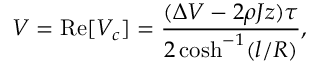
V = \mathrm { R e } [ V _ { c } ] = \frac { ( \Delta V - 2 \rho J z ) \tau } { 2 \cosh ^ { - 1 } ( l / R ) } ,